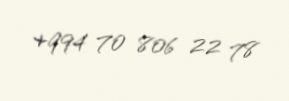
+994 70 806 22 78